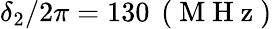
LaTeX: \delta_{2}/2\pi=130\, \mathrm{~(~M~H~z~)~}